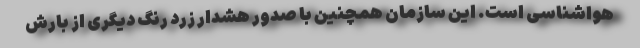
هواشناسی است. این سازمان همچنین با صدور هشدار زرد رنگ دیگری از بارش